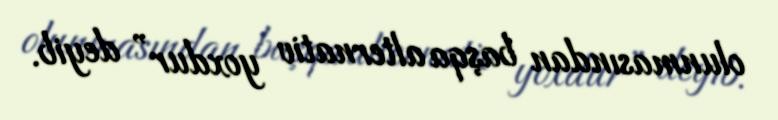
olunmasından başqa alternativ yoxdur” deyib.